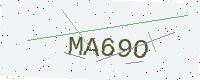
Text: MA69O